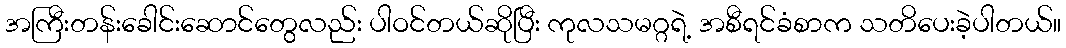
အကြီးတန်းခေါင်းဆောင်တွေလည်း ပါဝင်တယ်ဆိုပြီး ကုလသမဂ္ဂရဲ့ အစီရင်ခံစာက သတိပေးခဲ့ပါတယ်။